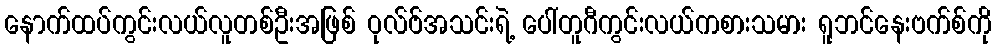
နောက်ထပ်ကွင်းလယ်လူတစ်ဦးအဖြစ် ဝုလ်ဗ်အသင်းရဲ့ ပေါ်တူဂီကွင်းလယ်ကစားသမား ရူဘင်နေးဗက်စ်ကို